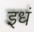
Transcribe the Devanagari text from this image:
इधं